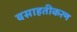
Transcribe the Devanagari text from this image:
वसाहतीकरण